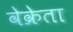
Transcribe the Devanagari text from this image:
वेक्रेता